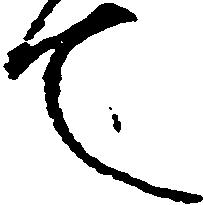
て